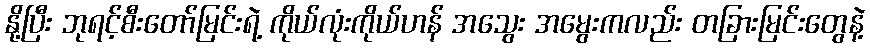
နို့ပြီး ဘုရင့်စီးတော်မြင်းရဲ့ ကိုယ်လုံးကိုယ်ဟန် အသွေး အမွေးကလည်း တခြားမြင်းတွေနဲ့